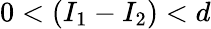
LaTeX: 0<(I_{1}-I_{2})<d